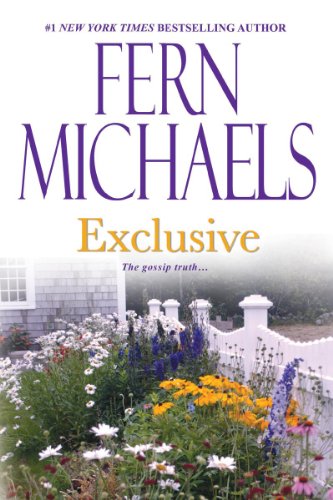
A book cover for Exclusive (The Godmothers); Fern Michaels; Literature & Fiction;